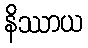
နိဿာယ